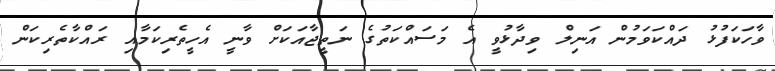
ވާހަކަފުޅު ދައްކަވަމުން އަނިލް ވިދާޅުވީ އެ މަސައްކަތުގެ ނަތީޖާއަކަށް ވާނީ އެހީތެރިކަމާއި ރައްކާތެރިކަން